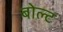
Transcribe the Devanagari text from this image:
बोल्‍ट